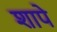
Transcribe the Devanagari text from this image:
शापे